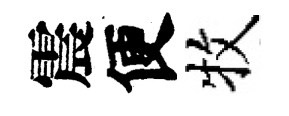
震便牧